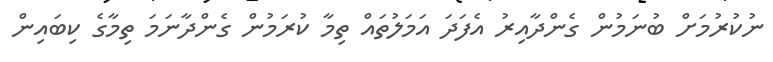
ނުކުރުމަށް ބުނަމުން ގެންދާއިރު އެފަދަ އަމަލުތައް ތިމާ ކުރަމުން ގެންދާނަމަ ތިމާގެ ކިބައިން